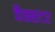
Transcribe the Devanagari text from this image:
वैक्सटर